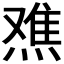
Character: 𬊾